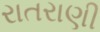
રાતરાણી